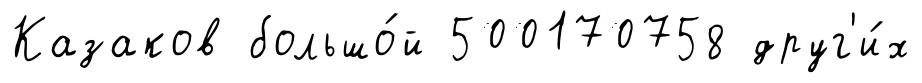
Казаков большо́й 500170758 друг'и́х